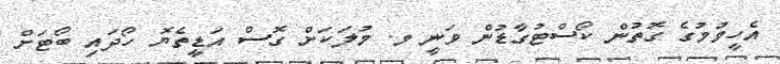
އެހީވުމުގެ ގޮތުން ކޯސްޓުގާޑުން ވަނީ މ. މުލަކަށް ގޮސް އަޑީތެޔޮ ހޯދައި ބޯޓަށް